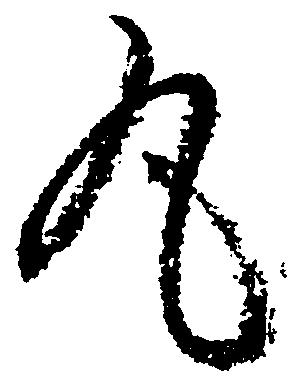
丸